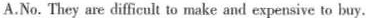
A.No. They are difficult to make and expensive to buy.